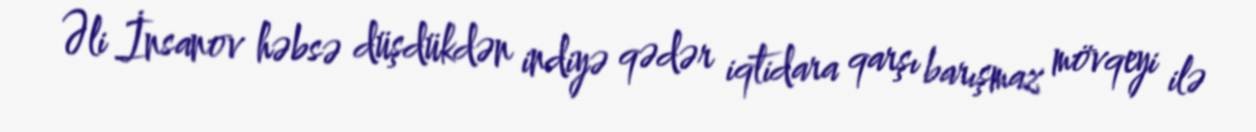
Əli İnsanov həbsə düşdükdən indiyə qədər iqtidara qarşı barışmaz mövqeyi ilə